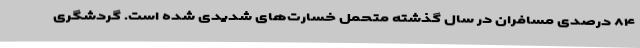
۸۴ درصدی مسافران در سال گذشته متحمل خسارت‌های شدیدی شده است. گردشگری